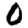
Digit: 0